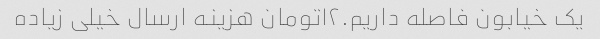
یک خیابون فاصله داریم.١٢تومان هزینه ارسال خیلی زیاده